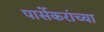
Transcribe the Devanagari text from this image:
पार्सेकरांच्या